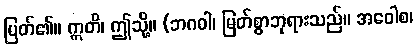
ပြတ်၏။ ဣတိ၊ ဤသို့။ (ဘဂဝါ၊ မြတ်စွာဘုရားသည်။ အဝေါစ၊